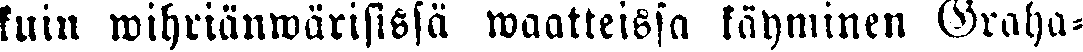
kuin wihriänwärisissä waatteissa käyminen Graha-